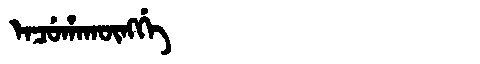
Manchu: ᡝᠨᠴᡠᡥᠠᡴᡡᠩᡤᡝ
Romanization: ENCUHAKŪNGGE